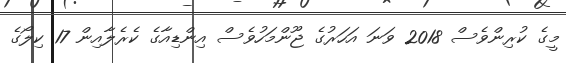
މީގެ ކުރިންވެސް 2018 ވަނަ އަހަރުގެ ޖޫންމަހުވެސް އިންޑިއާގެ ކެރެލާއިން 17 ކިލޯގެ